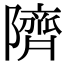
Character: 隮